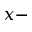
x -